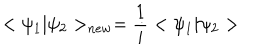
< \psi _ { 1 } | \psi _ { 2 } > _ { n e w } = \frac { 1 } { i } < \psi _ { 1 } | \psi _ { 2 } >